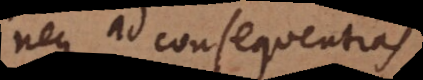
neque ad consequentias